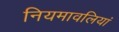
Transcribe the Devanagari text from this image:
नियमावलियां